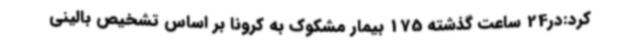
کرد:در24 ساعت گذشته 175 بیمار مشکوک به کرونا بر اساس تشخیص بالینی